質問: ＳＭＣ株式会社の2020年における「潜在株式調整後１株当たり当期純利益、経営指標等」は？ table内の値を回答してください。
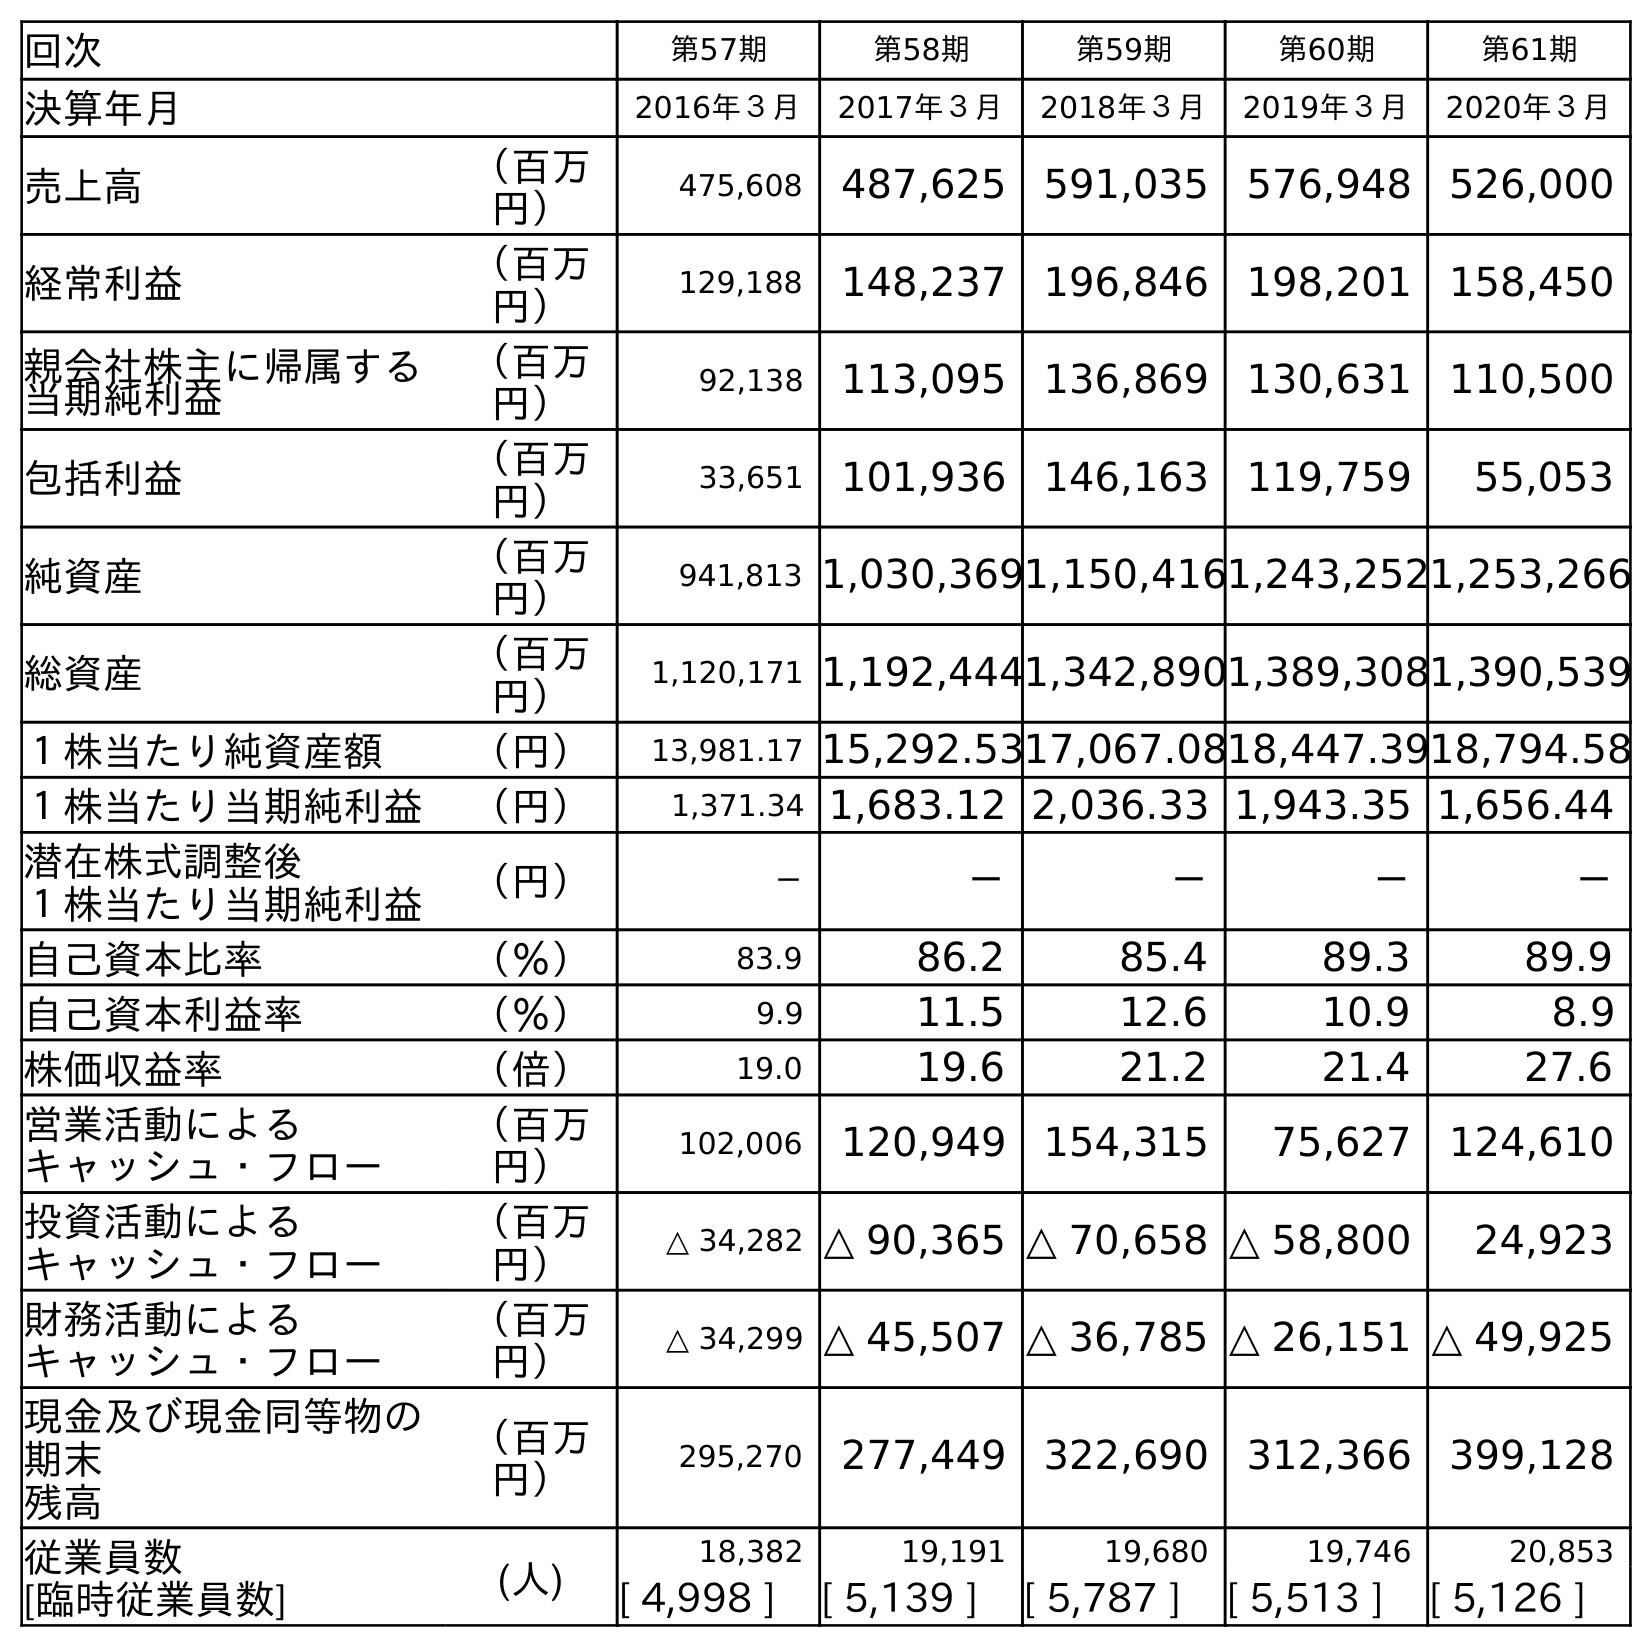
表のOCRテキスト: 回次 第57期 第58期 第59期 第60期 第61期 決算年月 2016年３月 2017年３月 2018年３月 2019年３月 2020年３月 売上高 （百万 円） 475,608 487,625 591,035 576,948 526,000 経常利益 （百万 円） 129,188 148,237 196,846 198,201 158,450 親会社株主に帰属する 当期純利益 （百万 円） 92,138 113,095 136,869 130,631 110,500 包括利益 （百万 円） 33,651 101,936 146,163 119,759 55,053 純資産 （百万 円） 941,813 1,030,3691,150,4161,243,2521,253,266 総資産 （百万 円） 1,120,171 1,192,4441,342,8901,389,3081,390,539 １株当たり純資産額 （円） 13,981.17 15,292.5317,067.0818,447.3918,794.58 １株当たり当期純利益 （円） 1,371.34 1,683.12 2,036.33 1,943.35 1,656.44 潜在株式調整後 １株当たり当期純利益 （円） － － － － － 自己資本比率 （％） 83.9 86.2 85.4 89.3 89.9 自己資本利益率 （％） 9.9 11.5 12.6 10.9 8.9 株価収益率 （倍） 19.0 19.6 21.2 21.4 27.6 営業活動による キャッシュ・フロー （百万 円） 102,006 120,949 154,315 75,627 124,610 投資活動による キャッシュ・フロー （百万 円） △ 34,282 △ 90,365 △ 70,658 △ 58,800 24,923 財務活動による キャッシュ・フロー （百万 円） △ 34,299 △ 45,507 △ 36,785 △ 26,151 △ 49,925 現金及び現金同等物の 期末 残高 （百万 円） 295,270 277,449 322,690 312,366 399,128 従業員数 [臨時従業員数] (人) 18,382 19,191 19,680 19,746 20,853 [ 4,998 ] [ 5,139 ] [ 5,787 ] [ 5,513 ] [ 5,126 ]
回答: －